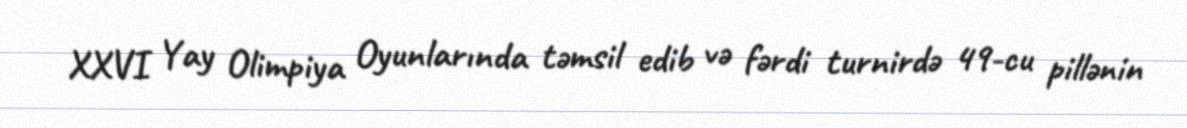
XXVI Yay Olimpiya Oyunlarında təmsil edib və fərdi turnirdə 49-cu pillənin